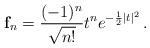
LaTeX: \begin{align*} {\bf f}_n = \frac{(-1)^n}{\sqrt{n!}}t^n e^{-\frac{1}{2}|t|^2}\,.\end{align*}